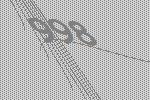
998